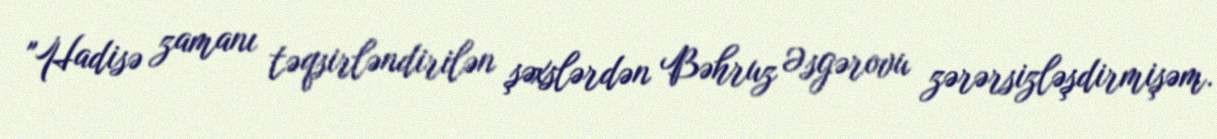
"Hadisə zamanı təqsirləndirilən şəxslərdən Bəhruz Əsgərovu zərərsizləşdirmişəm.